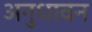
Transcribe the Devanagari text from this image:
अनुधावन